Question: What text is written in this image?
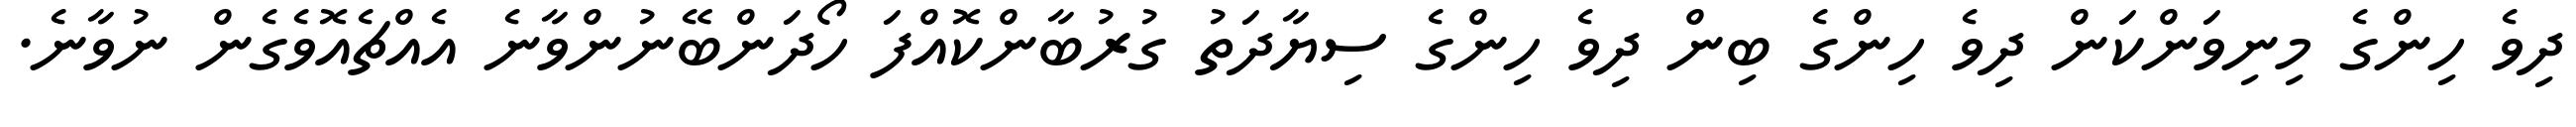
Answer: ދިވެ ހިންގެ މިނިވަންކަން ދިވެ ހިންގެ ބިން ދިވެ ހިންގެ ސިޔާދަތު ގުރުބާންކޮއްފަ ހޯދަންބޭނުންވާނެ އެއްޗެއޮވެގެން ނުވާނެ.